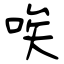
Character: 唉